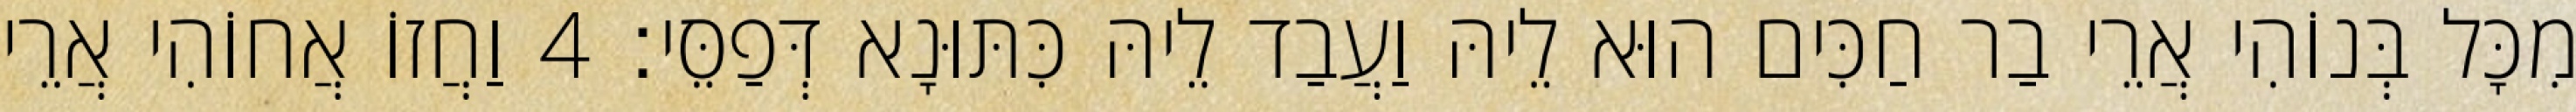
מִכָּל בְּנוֹהִי אֲרֵי בַר חַכִּים הוּא לֵיהּ וַעֲבַד לֵיהּ כִּתּוּנָא דְּפַסֵּי׃ 4 וַחֲזוֹ אֲחוֹהִי אֲרֵי